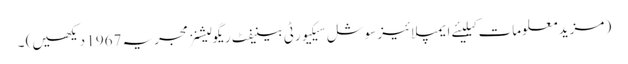
( مزید معلومات کیلیئے ایمپلائیز سوشل سیکیورٹی بینیفٹ ریگولیشنز مجریہ 1967 دیکھیں) ۔